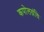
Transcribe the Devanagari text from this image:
कपोलग्रंथि